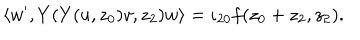
\langle w ^ { \prime } , Y ( Y ( u , z _ { 0 } ) v , z _ { 2 } ) w \rangle = \iota _ { 2 0 } f ( z _ { 0 } + z _ { 2 } , z _ { 2 } ) .